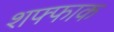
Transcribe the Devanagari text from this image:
शफ्फाक